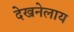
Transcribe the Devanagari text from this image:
देखनेलाय